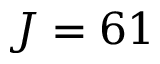
J = 6 1